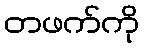
တဖက်ကို